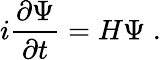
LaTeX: i\frac{\partial\Psi}{\partial t}=H\Psi\; .